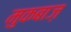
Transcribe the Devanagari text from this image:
मुकबाज़